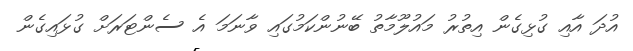
އުދަ އާއި ގުޅިގެން އިތުރު މައުލޫމާތު ބޭނުންކަމުގައި ވާނަމަ އެ ސެންޓަރަށް ގުޅައިގެން